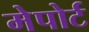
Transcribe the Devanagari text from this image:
मेपोर्ट